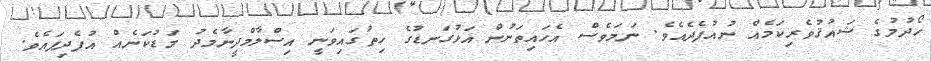
ހޯދުމުގެ ޝައުޤުވެރިކަމެއް ނުއުފެދެއެވެ. ނަމަވެސް އެހައިތަނުން އަޅުގަނޑުގެ ހިތުގައިވަނީ އިސްލާމްދީނާމެދު މަޑުކަނެއް އުފެދިފައެވެ.